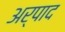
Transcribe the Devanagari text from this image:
अर्पाद